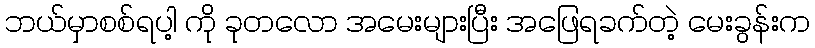
ဘယ်မှာစစ်ရပါ့ ကို ခုတလော အမေးများပြီး အဖြေရခက်တဲ့ မေးခွန်းက